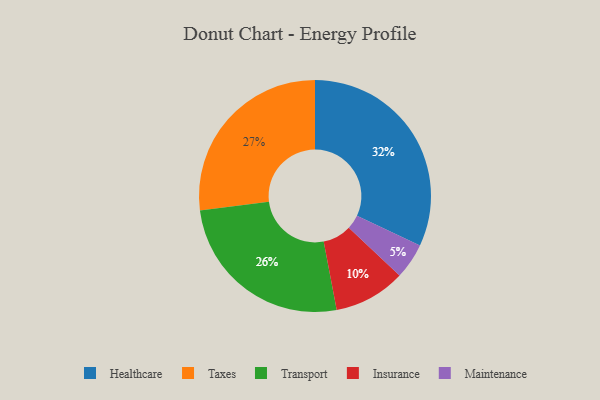
{"axis": {"x": "Category", "y": "Percentage"}, "legend": ["Healthcare", "Insurance", "Maintenance", "Taxes", "Transport"], "data": [{"x": "Maintenance", "y": 5, "type": "Maintenance"}, {"x": "Transport", "y": 26, "type": "Transport"}, {"x": "Taxes", "y": 27, "type": "Taxes"}, {"x": "Healthcare", "y": 32, "type": "Healthcare"}, {"x": "Insurance", "y": 10, "type": "Insurance"}]}